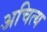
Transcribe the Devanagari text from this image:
अचित्य